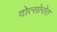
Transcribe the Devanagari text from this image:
दोत्सोरोत